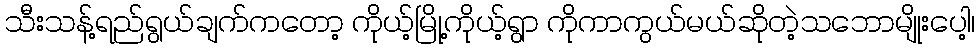
သီးသန့်ရည်ရွယ်ချက်ကတော့ ကိုယ့်မြို့ကိုယ့်ရွာ ကိုကာကွယ်မယ်ဆိုတဲ့သဘောမျိုးပေါ့၊